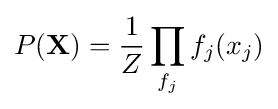
P(\mathbf {X} )={\frac {1}{Z}}\prod _{f_{j}}f_{j}(x_{j})